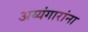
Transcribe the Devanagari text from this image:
अय्यंगारांना